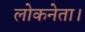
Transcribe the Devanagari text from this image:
लोकनेता।